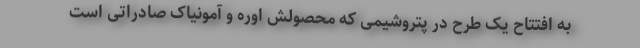
به افتتاح یک طرح در پتروشیمی که محصولش اوره و آمونیاک صادراتی است